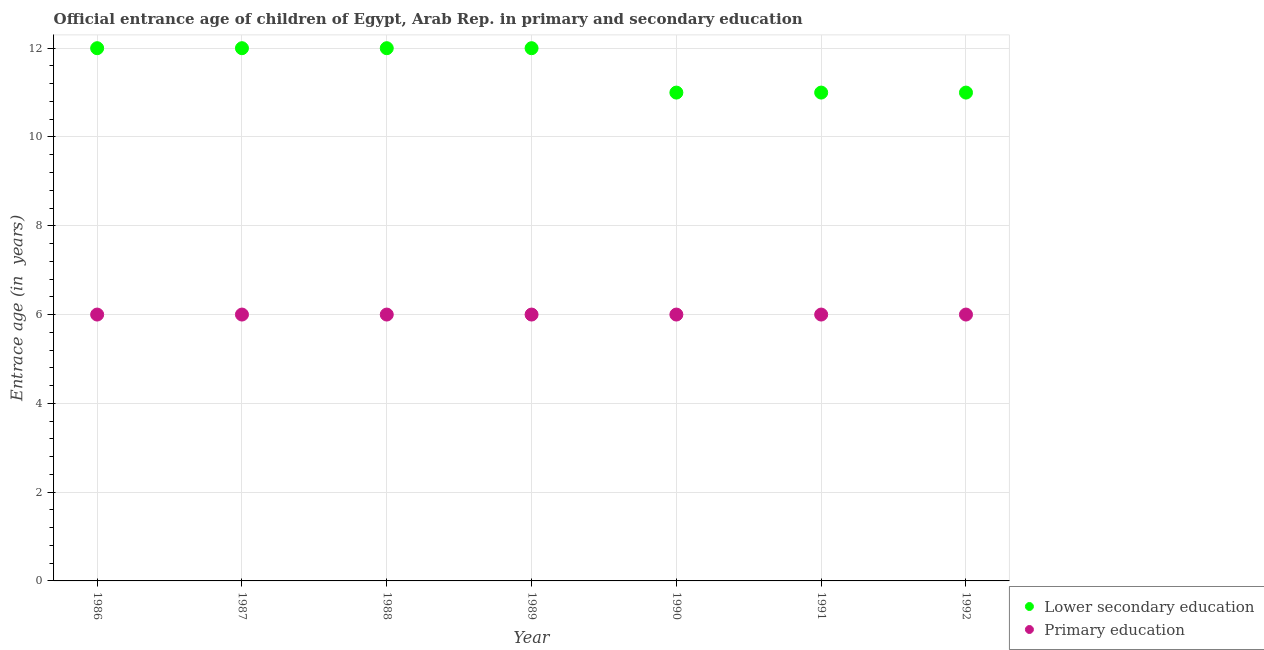
| Year | Lower secondary education | Primary education |
 | --- | --- | --- |
 | 1986 | 12 | 6 |
 | 1987 | 12 | 6 |
 | 1988 | 12 | 6 |
 | 1989 | 12 | 6 |
 | 1990 | 11 | 6 |
 | 1991 | 11 | 6 |
 | 1992 | 11 | 6 |